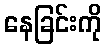
နေခြင်းကို